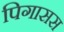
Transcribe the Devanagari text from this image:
पिगासस